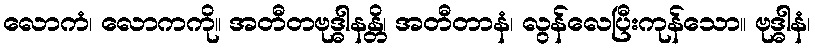
လောကံ၊ လောကကို။ အတီတဗုဒ္ဓါနန္တိ၊ အတီတာနံ၊ လွန်လေပြီးကုန်သော။ ဗုဒ္ဓါနံ၊